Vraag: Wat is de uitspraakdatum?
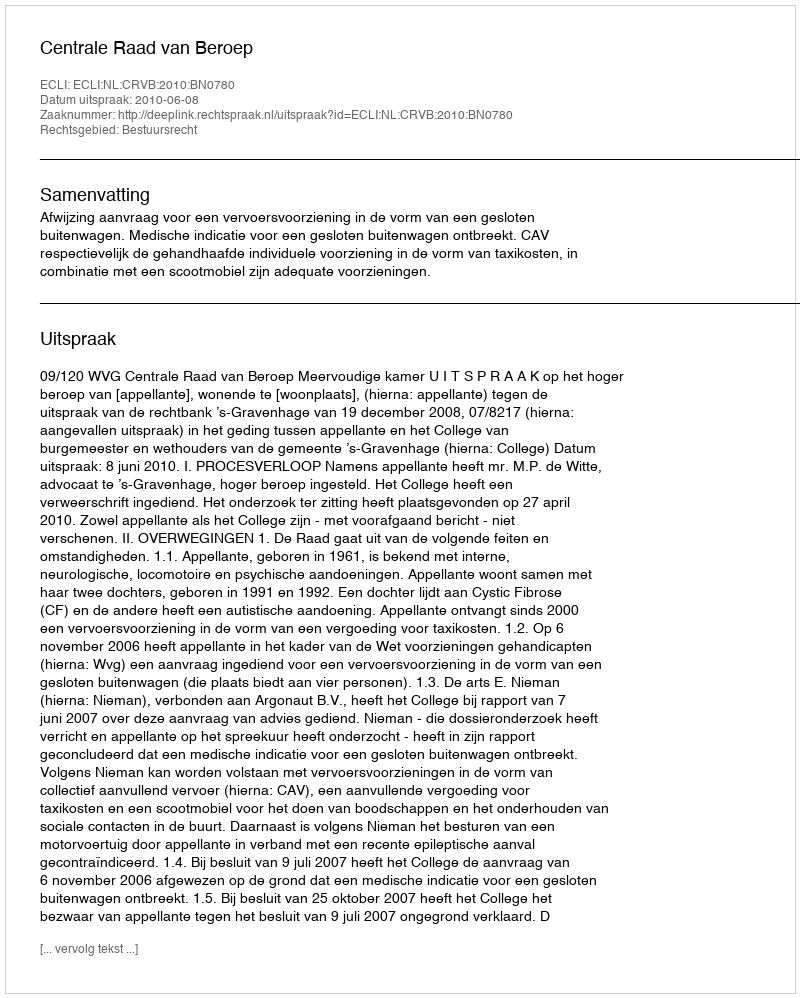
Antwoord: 2010-06-08